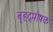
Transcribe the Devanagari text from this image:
बृहद्पोषक